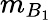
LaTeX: {m}_{B_{1}}